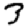
Digit: 3